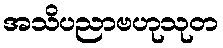
အသိပညာဗဟုသုတ